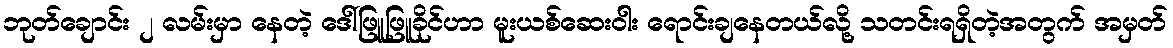
ဘုတ်ချောင်း ၂ လမ်းမှာ နေတဲ့ ဒေါ်ဖြူဖြူခိုင်ဟာ မူးယစ်ဆေးဝါး ရောင်းချနေတယ်လို့ သတင်းရရှိတဲ့အတွက် အမှတ်